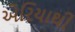
એરિયાથી